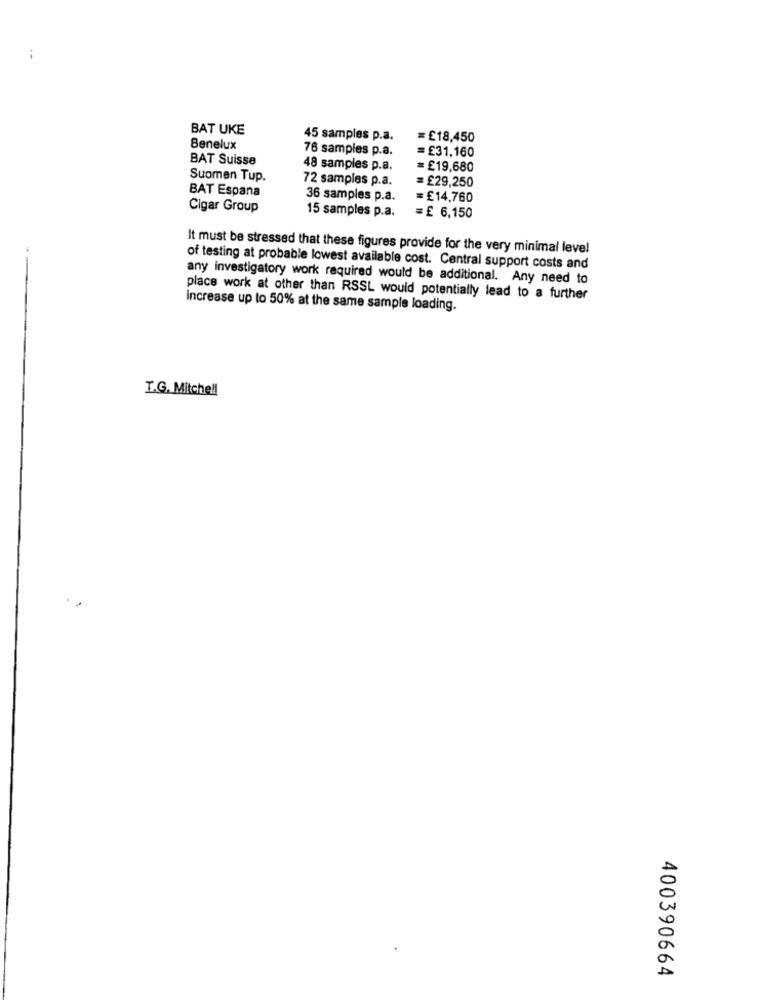
i
BAT UKE
45 samples p.a.
= £18,450
Benelux
76 samples p.a.
=£31,160
BAT Suisse
48 samples p.a.
= £19,680
Suomen Tup.
72 samples p.a.
= £29,250
BAT Espana
36 samples p.a.
=£14,760
Cigar Group
15 samples p.a.
= £ 6,150
It must be stressed that these figures provide for the very minimal level
of testing at probable lowest available cost. Central support costs and
any investigatory work required would be additional. Any need to
place work at other than RSSL would potentially lead to a further
increase up to 50% at the same sample loading.
I.G. Mitchell
400390664